Madras plague regulations and rules - Volume 2
Disease focus: Plague
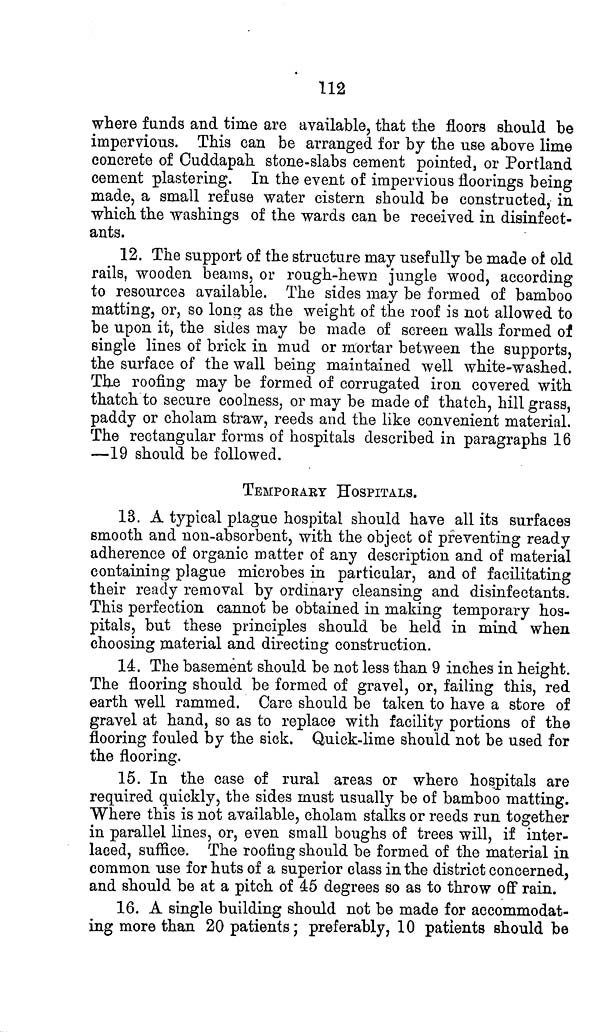
112
where funds and time are available, that the floors should be
impervious. This can be arranged for by the use above lime
concrete of Cuddapah stone-slabs cement pointed, or Portland
cement plastering. In the event of impervious floorings being
made, a small refuse water cistern should be constructed, in
which the washings of the wards can be received in disinfect-
ants.
12. The support of the structure may usefully be made of old
rails, wooden beams, or rough-hewn jungle wood, according
to resources available. The sides may be formed of bamboo
matting, or, so long as the weight of the roof is not allowed to
be upon it, the sides may be made of screen walls formed of
single lines of brick in mud or mortar between the supports,
the surface of the wall being maintained well white-washed.
The roofing may be formed of corrugated iron covered with
thatch to secure coolness, or may be made of thatch, hill grass,
paddy or cholam straw, reeds and the like convenient material.
The rectangular forms of hospitals described in paragraphs 16
—19 should be followed.
TEMPORARY HOSPITALS.
13. A typical plague hospital should have all its surfaces
smooth and non-absorbent, with the object of preventing ready
adherence of organic matter of any description and of material
containing plague microbes in particular, and of facilitating
their ready removal by ordinary cleansing and disinfectants.
This perfection cannot be obtained in making temporary hos-
pitals, but these principles should be held in mind when
choosing material and directing construction.
14. The basement should be not less than 9 inches in height.
The flooring should be formed of gravel, or, failing this, red
earth well rammed. Care should be taken to have a store of
gravel at hand, so as to replace with facility portions of the
flooring fouled by the sick. Quick-lime should not be used for
the flooring.
15. In the case of rural areas or where hospitals are
required quickly, the sides must usually be of bamboo matting.
Where this is not available, cholam stalks or reeds run together
in parallel lines, or, even small boughs of trees will, if inter-
laced, suffice. The roofing should be formed of the material in
common use for huts of a superior class in the district concerned,
and should be at a pitch of 45 degrees so as to throw off rain.
16. A single building should not be made for accommodat-
ing more than 20 patients; preferably, 10 patients should be